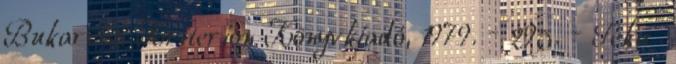
Bukarest: Kriterion Könyvkiadó, 1979. – 295. – Téka .